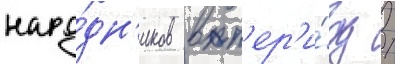
наро́дн'иков в п'ер'и́од /